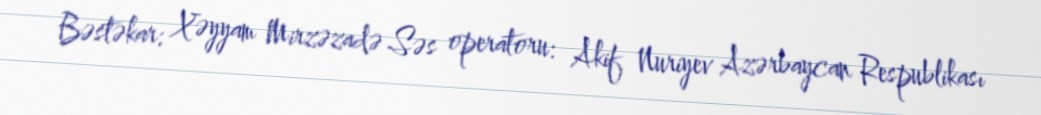
Bəstəkar: Xəyyam Mirzəzadə Səs operatoru: Akif Nuriyev Azərbaycan Respublikası